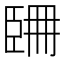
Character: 𦣧